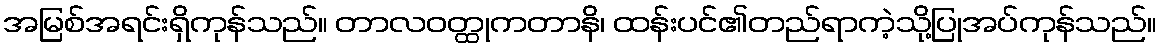
အမြစ်အရင်းရှိကုန်သည်။ တာလဝတ္ထုကတာနိ၊ ထန်းပင်၏တည်ရာကဲ့သို့ပြုအပ်ကုန်သည်။